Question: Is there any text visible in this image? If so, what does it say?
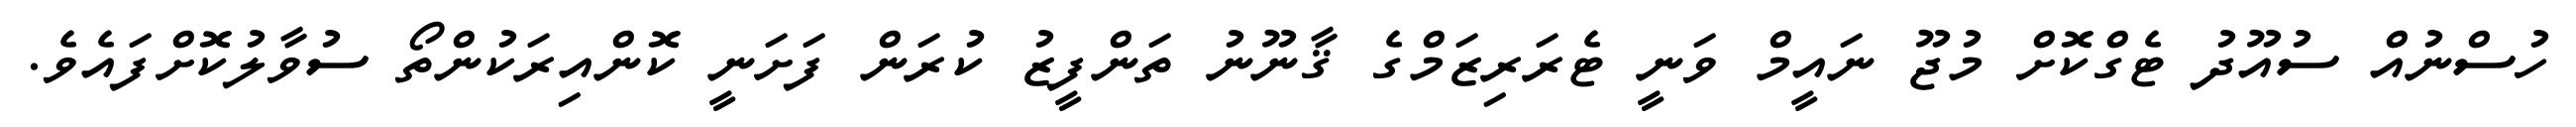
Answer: ހުސްނުއް ސުއޫދު ޓެގްކޮށް މުޖޫ ނައީމް ވަނީ ޓެރަރިޒަމްގެ ޤާނޫނު ތަންފީޒު ކުރަން ފަށަނީ ކޮންއިރަކުންތޯ ސުވާލުކޮށްފައެވެ.